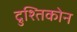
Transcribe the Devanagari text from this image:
द्रुश्तिकोन